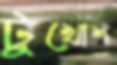
টুখোশ